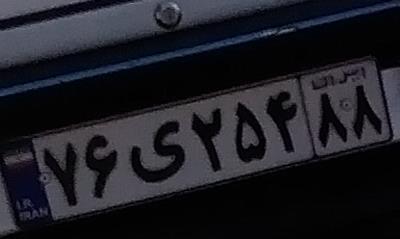
۷۶ی۲۵۴۸۸